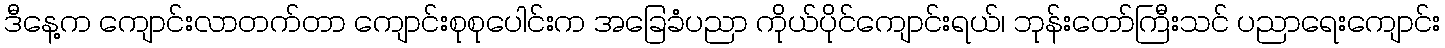
ဒီနေ့က ကျောင်းလာတက်တာ ကျောင်းစုစုပေါင်းက အခြေခံပညာ ကိုယ်ပိုင်ကျောင်းရယ်၊ ဘုန်းတော်ကြီးသင် ပညာရေးကျောင်း